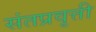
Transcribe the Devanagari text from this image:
संतप्रवृत्ती